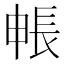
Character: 𮣻